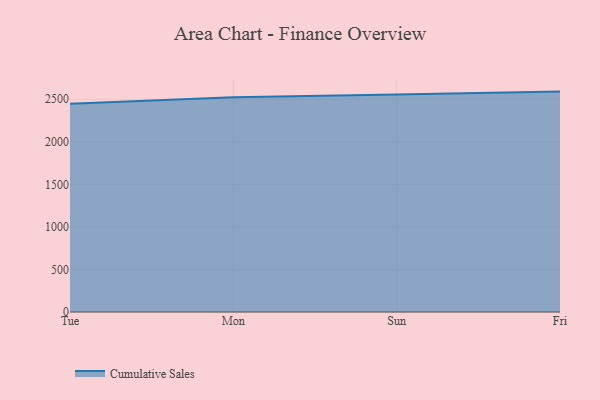
{"axis": {"x": "Day", "y": "LTV (USD)"}, "legend": ["Cumulative Sales"], "data": [{"x": "Tue", "y": 2447.8, "type": "Cumulative Sales"}, {"x": "Mon", "y": 2524.5, "type": "Cumulative Sales"}, {"x": "Sun", "y": 2557.1, "type": "Cumulative Sales"}, {"x": "Fri", "y": 2590.3, "type": "Cumulative Sales"}]}